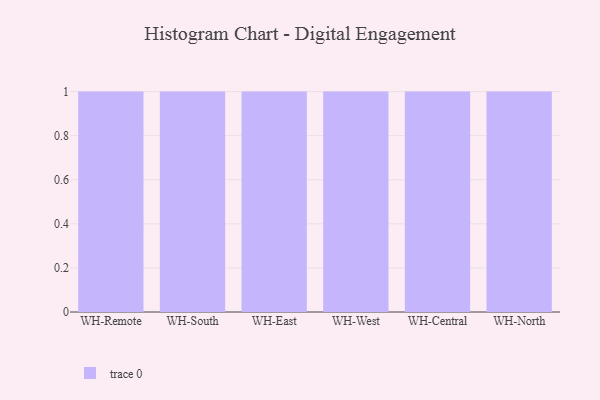
{"axis": {"x": "Warehouse", "y": "Demand Index"}, "legend": [""], "data": [{"x": "WH-Remote", "y": 70, "type": ""}, {"x": "WH-South", "y": 84, "type": ""}, {"x": "WH-East", "y": 4, "type": ""}, {"x": "WH-West", "y": 51, "type": ""}, {"x": "WH-Central", "y": 100, "type": ""}, {"x": "WH-North", "y": 83, "type": ""}]}